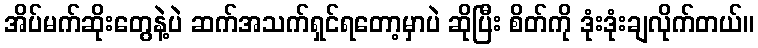
အိပ်မက်ဆိုးတွေနဲ့ပဲ ဆက်အသက်ရှင်ရတော့မှာပဲ ဆိုပြီး စိတ်ကို ဒုံးဒုံးချလိုက်တယ်။